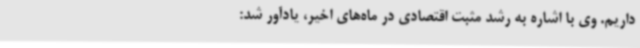
داریم. وی با اشاره به رشد مثبت اقتصادی در ماه‌های اخیر، یادآور شد: